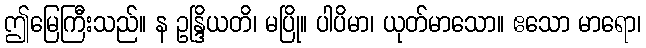
ဤမြေကြီးသည်။ န ဥန္ဒြိယတိ၊ မပြို။ ပါပိမာ၊ ယုတ်မာသော။ ဧသော မာရော၊